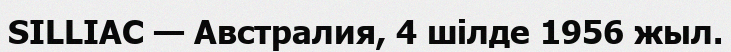
SILLIAC — Австралия, 4 шілде 1956 жыл.